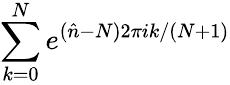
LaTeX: \sum_{k=0}^{N}e^{(\hat{n}-N)2\pi ik/(N+1)}